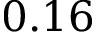
0 . 1 6